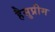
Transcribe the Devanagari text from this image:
हैसुप्रीम